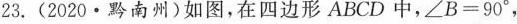
23. (2020·黔南州)如图，在四边形ABCD中，$$∠ B = 9 0 °$$，